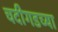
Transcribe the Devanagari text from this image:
चदीगडच्या